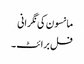
مانسون کی نگرانی
فل برائٹ ۔